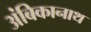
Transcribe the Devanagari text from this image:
अंबिकानाथ